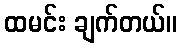
ထမင်း ချက်တယ်။